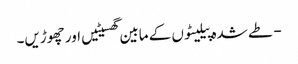
- طے شدہ پیلیٹوں کے مابین گھسیٹیں اور چھوڑیں۔